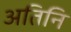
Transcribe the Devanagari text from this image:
अतिनि